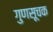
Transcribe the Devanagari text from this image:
गुणसूचक